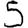
Digit: 5